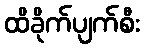
ထိခိုက်ပျက်စီး